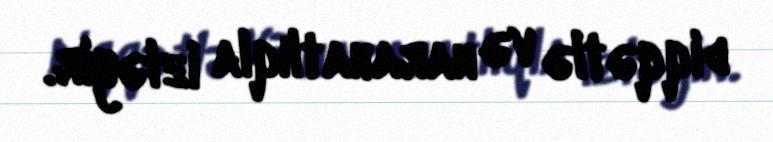
diqqətlə və narahatlıqla izləyir.